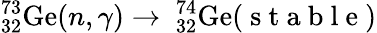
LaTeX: ^{73}_{32}\mathrm{Ge}(n,\gamma)\rightarrow\ _{32}^{74}\mathrm{Ge}(\mathrm{~s~t~a~b~l~e~})